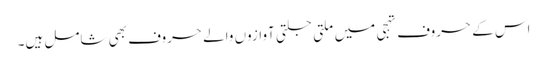
اس کے حروف تہجی میں ملتی جلتی آوازوں والے حروف بھی شامل ہیں۔